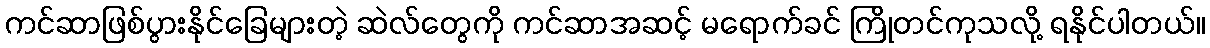
ကင်ဆာဖြစ်ပွားနိုင်ခြေများတဲ့ ဆဲလ်တွေကို ကင်ဆာအဆင့် မရောက်ခင် ကြိုတင်ကုသလို့ ရနိုင်ပါတယ်။